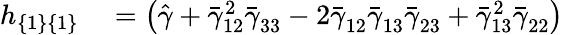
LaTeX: \begin{array}{rl}{h_{\{ 1\} \{ 1\} }}&{{}=\left(\hat{\gamma}+\bar{\gamma}_{12}^{2}\bar{\gamma}_{33}^{}-2\bar{\gamma}_{12}^{}\bar{\gamma}_{13}^{}\bar{\gamma}_{23}^{}+\bar{\gamma}_{13}^{2}\bar{\gamma}_{22}^{}\right)}\end{array}